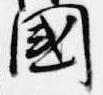
国